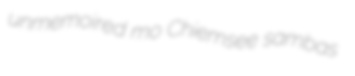
unmemoired mo Chiemsee sambas